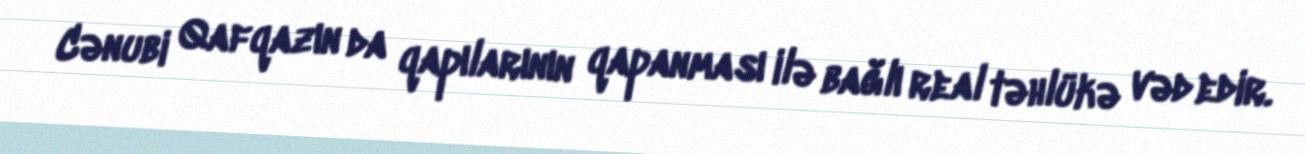
Cənubi Qafqazın da qapılarının qapanması ilə bağlı real təhlükə vəd edir.